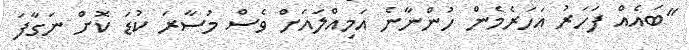
"ބައެއް ފަހަރު އަހަރެމެން ހުންނާނެ އަމިއްލައަށް ވެސް މުސާރަ ކުޑަ ކޮށް ނަގާފަ